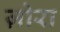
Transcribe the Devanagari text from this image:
ज़ोरा